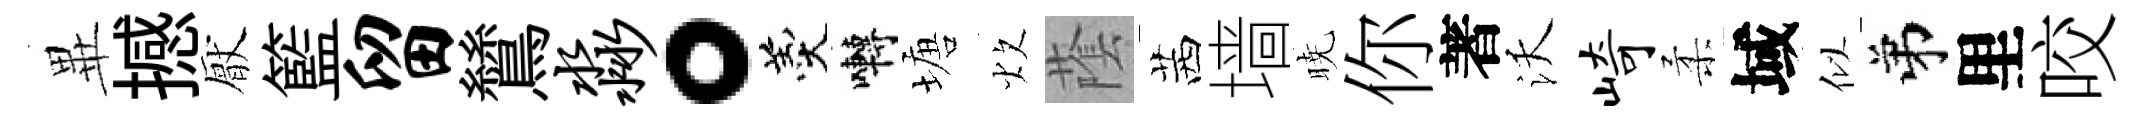
𭺾撼厭籃留鷥淼。羹囀塘炊䕃茜墙暁你著沃崎柔域似弟里咬